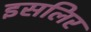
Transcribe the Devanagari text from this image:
इसलिर